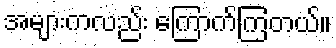
အများကလည်း ကြောက်ကြတယ်။